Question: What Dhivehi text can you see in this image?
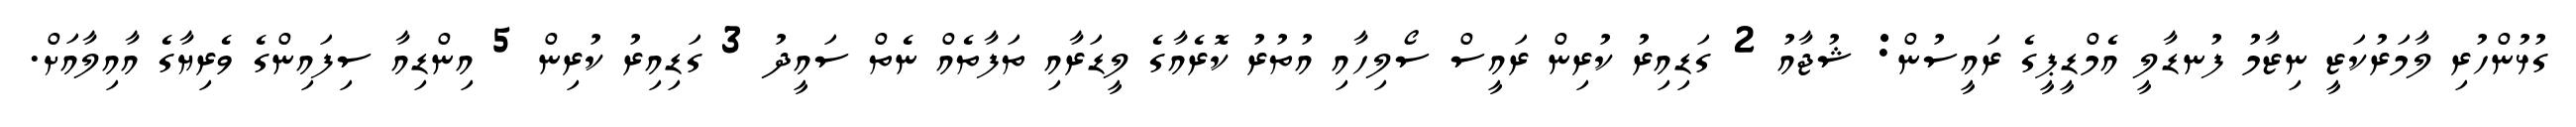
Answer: ގުޅުންހުރި ލާމަރުކަޒީ ނިޒާމު ފުނޑާލީ އެމްޑީޕީގެ ރައީސުން: ޝުޖާއު 2 ގަޑިއިރު ކުރިން ރައީސް ސޯލިހާއި އުތުރު ކޮރެއާގެ ލީޑަރާއި ތަފާތެއް ނެތް ސައީދު 3 ގަޑިއިރު ކުރިން 5 އިންޑިއާ ސިފައިންގެ ވެރިޔާގެ އާއިލާއަށް.